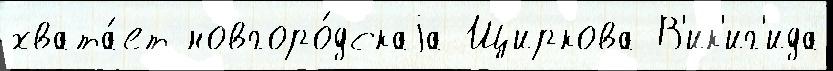
хвата́ет новгоро́дскаjа Щиркова В'ик'иг'ида